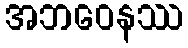
အဘဝေနဿ